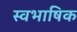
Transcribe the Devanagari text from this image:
स्वभाषिक